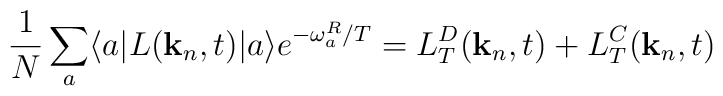
\frac{1}{N}\sum_a \langle a | L({\bf k}_n,t) |a \rangle e^{-\omega^R_a/T}= L^D_T({\bf k}_n,t)+ L^C_T({\bf k}_n,t)